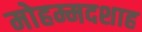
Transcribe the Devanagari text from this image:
मोहम्मदशाह